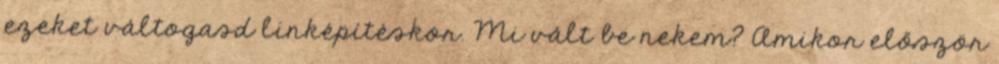
ezeket váltogasd linképítéskor. Mi vált be nekem? Amikor először